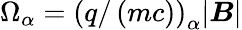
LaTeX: \Omega_{\alpha}=\left(q/\left(mc\right)\right)_{\alpha}|\boldsymbol{B}|